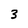
Character: 3